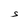
Character: S